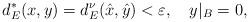
LaTeX: \begin{align*}d_E^*(x, y)=d_E^\nu(\hat x, \hat y)<\varepsilon, \ \ \ y|_{B}=0,\end{align*}